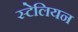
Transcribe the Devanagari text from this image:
स्टेलियन